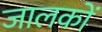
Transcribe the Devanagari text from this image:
जालकों